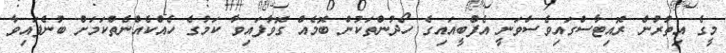
މީގެ އިތުރުން ރޮއިޓާސްގައިވެސްވަނީ އެފްބީއައިގެ ހޯދުންތަކުން ބޮމެއް ގޮވާފައިވާ ކަމުގެ ހެއްކެއްނެތްކަމަށް ބުނެފައިވާ